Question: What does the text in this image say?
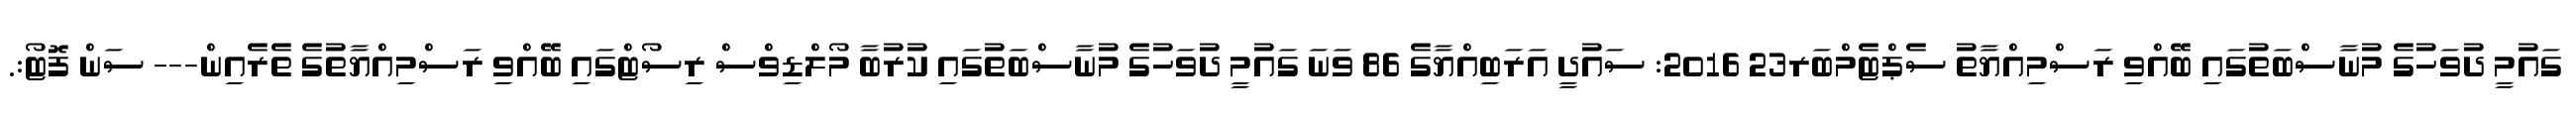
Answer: ގައުމީ ދުވަހުގެ މުނާސްބަތުގައި ބޭއްވި ރަސްމިއްޔާތު ސެޕްޓެމްބަރ23 2016: ސައުދީ އަރަބިއްޔާގެ 86 ވަނަ ގައުމީ ދުވަހުގެ މުނާސްބަތުގައި ކުރުބާ މޯލްޑިވްސް ރިސޯޓްގައި ބޭއްވި ރަސްމިއްޔާތުގެ ތެރެއިން--- ސަން ފޮޓޯ:.